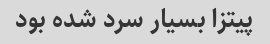
پیتزا بسیار سرد شده بود